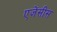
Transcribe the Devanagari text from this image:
एजेंसीस